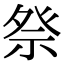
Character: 𫞴